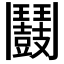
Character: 𩰛